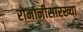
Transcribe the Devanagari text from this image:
रोमानीसारख्या